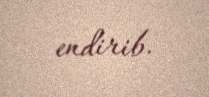
endirib.